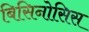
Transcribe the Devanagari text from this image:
बिसिनोसिस